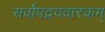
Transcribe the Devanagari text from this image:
सर्वोपद्रववारकम्